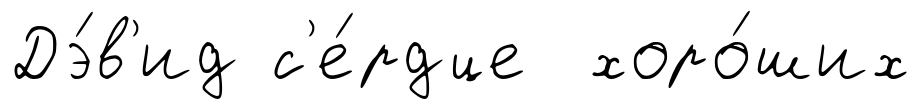
Дэ́в'ид с'е́рдце хоро́ших